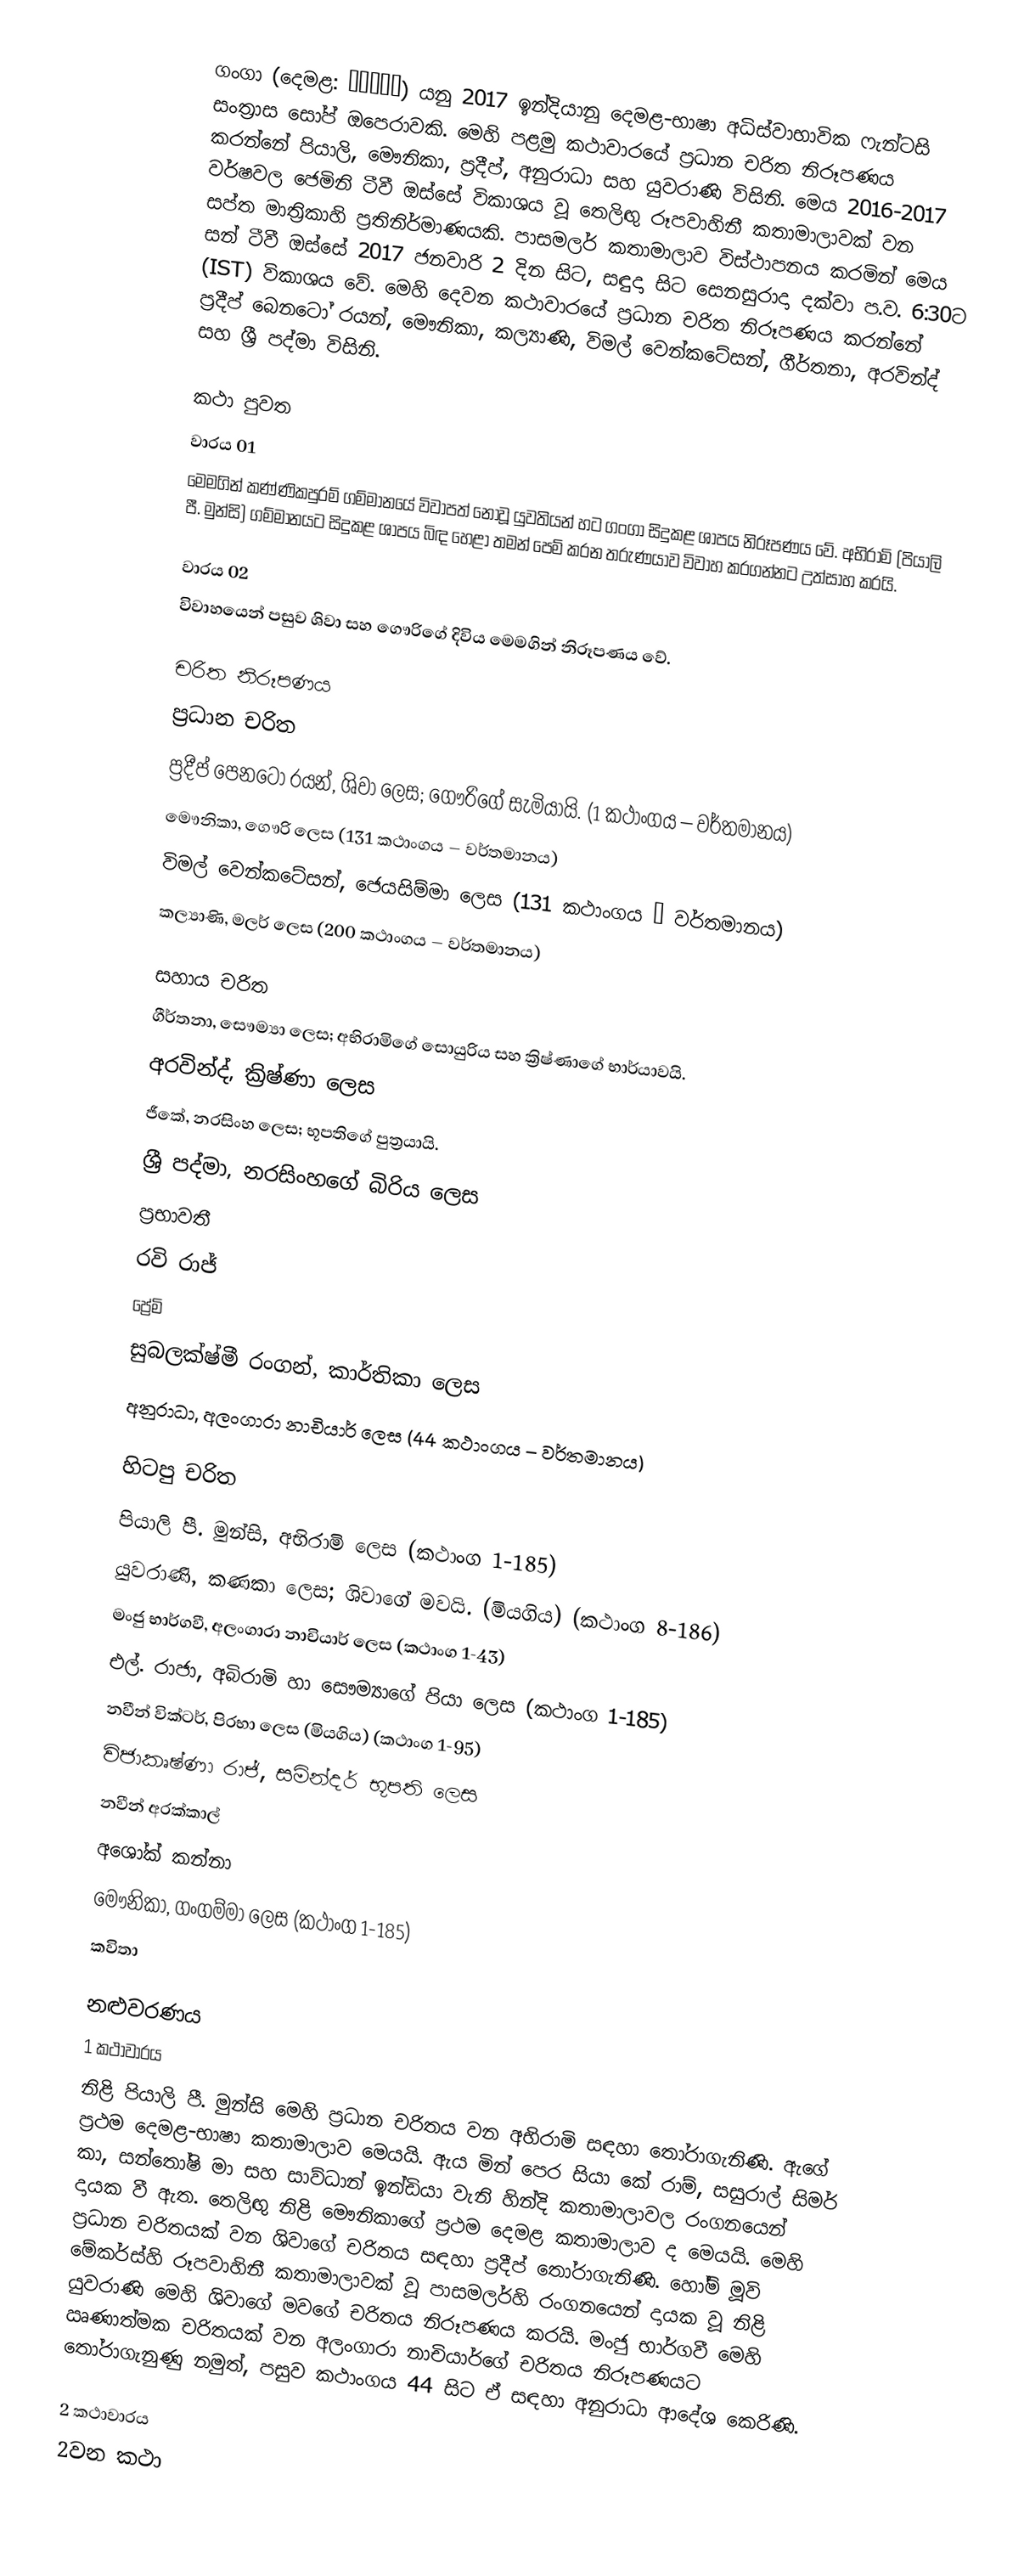
ගංගා (දෙමළ: கங்கா) යනු 2017 ඉන්දියානු දෙමළ-භාෂා අධිස්වාභාවික ෆැන්ටසි සංත්‍රාස සෝප් ඔපෙරාවකි. මෙහි පළමු කථාවාරයේ ප්‍රධාන චරිත නිරූපණය කරන්නේ පියාලි, මෞනිකා, ප්‍රදීප්, අනුරාධා සහ යුවරාණි විසිනි. මෙය 2016-2017 වර්ෂවල ජෙමිනි ටීවී ඔස්සේ විකාශය වූ තෙලිඟු රූපවාහිනී කතාමාලාවක් වන සප්ත මාත්‍රිකාහි ප්‍රතිනිර්මාණයකි. පාසමලර් කතාමාලාව විස්ථාපනය කරමින් මෙය සන් ටීවී ඔස්සේ 2017 ජනවාරි 2 දින සිට, සඳුදා සිට සෙනසුරාදා දක්වා ප.ව. 6:30ට (IST) විකාශය වේ. මෙහි දෙවන කථාවාරයේ ප්‍රධාන චරිත නිරූපණය කරන්නේ ප්‍රදීප් බෙනටෝ රයන්, මෞනිකා, කල්‍යාණි, විමල් වෙන්කටේසන්, ගීර්තනා, අරවින්ද් සහ ශ්‍රී පද්මා විසිනි.

කථා පුවත
වාරය 01
මෙමගින් කණ්ණිකපුරම් ගම්මානයේ විවාපත් නොවූ යුවතියන් හට ගංගා සිදුකළ ශාපය නිරූපණය වේ. අභිරාමි (පියාලි පී. මුන්සි) ගම්මානයට සිදුකළ ශාපය බිඳ හෙළා තමන් පෙම් කරන තරුණයාව විවාහ කරගන්නට උත්සාහ කරයි.

වාරය 02
විවාහයෙන් පසුව ශිවා සහ ගෞරිගේ දිවිය මෙමගින් නිරූපණය වේ.

චරිත නිරූපණය
ප්‍රධාන චරිත
 ප්‍රදීප් පෙනටෝ රයන්, ශිවා ලෙස; ගෞරිගේ සැමියායි. (1 කථාංගය – වර්තමානය)
 මෞනිකා, ගෞරි ලෙස (131 කථාංගය – වර්තමානය)
 විමල් වෙන්කටේසන්, ජෙයසිම්මා ලෙස (131 කථාංගය – වර්තමානය)
 කල්‍යාණි, මලර් ලෙස (200 කථාංගය – වර්තමානය)

සහාය චරිත
 ගීර්තනා, සෞම්‍යා ලෙස; අභිරාමිගේ සොයුරිය සහ ක්‍රිෂ්ණාගේ භාර්යාවයි.
 අරවින්ද්, ක්‍රිෂ්ණා ලෙස
 ජීකේ, නරසිංහ ලෙස; භූපතිගේ පුත්‍රයායි.
 ශ්‍රී පද්මා, නරසිංහගේ බිරිය ලෙස
 ප්‍රභාවතී
 රවි රාජ්
 ප්‍රේමි
 සුබලක්ෂ්මී රංගන්, කාර්තිකා ලෙස
 අනුරාධා, අලංගාරා නාචියාර් ලෙස (44 කථාංගය – වර්තමානය)

හිටපු චරිත
 පියාලි පී. මුන්සි, අභිරාමි ලෙස (කථාංග 1-185)
 යුවරාණි, කණකා ලෙස; ශිවාගේ මවයි. (මියගිය) (කථාංග 8-186)
 මංජු භාර්ගවී, අලංගාරා නාචියාර් ලෙස (කථාංග 1-43)
 එල්. රාජා, අබිරාමි හා සෞම්‍යාගේ පියා ලෙස (කථාංග 1-185)
 නවීන් වික්ටර්, පිරභා ලෙස (මියගිය) (කථාංග 1-95)
 විජාකෘෂ්ණා රාජ්, සමින්දර් භූපති ලෙස
 නවීන් අරක්කාල්
 අශෝක් කන්නා
 මෞනිකා, ගංගම්මා ලෙස (කථාංග 1-185)
 කවිතා

නළුවරණය
1 කථාවාරය
නිළි පියාලි පී. මුන්සි මෙහි ප්‍රධාන චරිතය වන අභිරාමි සඳහා තෝරාගැනිණි. ඇගේ ප්‍රථම දෙමළ-භාෂා කතාමාලාව මෙයයි. ඇය මින් පෙර සියා කේ රාම්, සසුරාල් සිමර් කා, සන්තෝෂි මා සහ සාව්ධාන් ඉන්ඩියා වැනි හින්දි කතාමාලාවල රංගනයෙන් දායක වී ඇත. තෙලිඟු නිළි මෞනිකා‍ගේ ප්‍රථම දෙමළ කතාමාලාව ද මෙයයි. මෙහි ප්‍රධාන චරිතයක් වන ශිවාගේ චරිතය සඳහා ප්‍රදීප් තෝරාගැනිණි. හෝම් මූවි මේකර්ස්හි රූපවාහිනී කතාමාලාවක් වූ පාසමලර්හි රංගනයෙන් දායක වූ නිළි යුවරාණි මෙහි ශිවාගේ මවගේ චරිතය නිරූපණය කරයි. මංජු භාර්ගවී මෙහි ඍණාත්මක චරිතයක් වන අලංගාරා නාචියාර්ගේ චරිතය නිරූපණයට ‍තෝරාගැනුණු නමුත්, පසුව කථාංගය 44 සිට ඒ ‍සඳහා අනුරාධා ආදේශ කෙරිණි.

2 කථාවාරය
2වන කථා